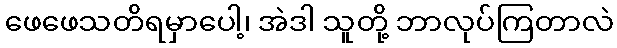
ဖေဖေသတိရမှာပေါ့၊ အဲဒါ သူတို့ ဘာလုပ်ကြတာလဲ